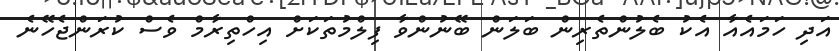
އަދި ހަމައެއާ އެކު ބެލުންތެރިން ބަލަން ބޭނުންވާ ފިލްމުތަކަށް އިހްތިރާމް ވެސް ކުރަންޖެހޭނެ